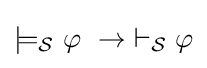
\models _{\mathcal {S}}\varphi \ \to \ \vdash _{\mathcal {S}}\varphi